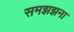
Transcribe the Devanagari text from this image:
समझझना